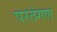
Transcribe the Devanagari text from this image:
परतंगण